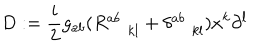
LaTeX: D : = \frac { i } { 2 } g _ { a b } ( R _ { \; k l } ^ { a b } + \delta _ { \; k l } ^ { a b } ) x ^ { k } \partial ^ { l }